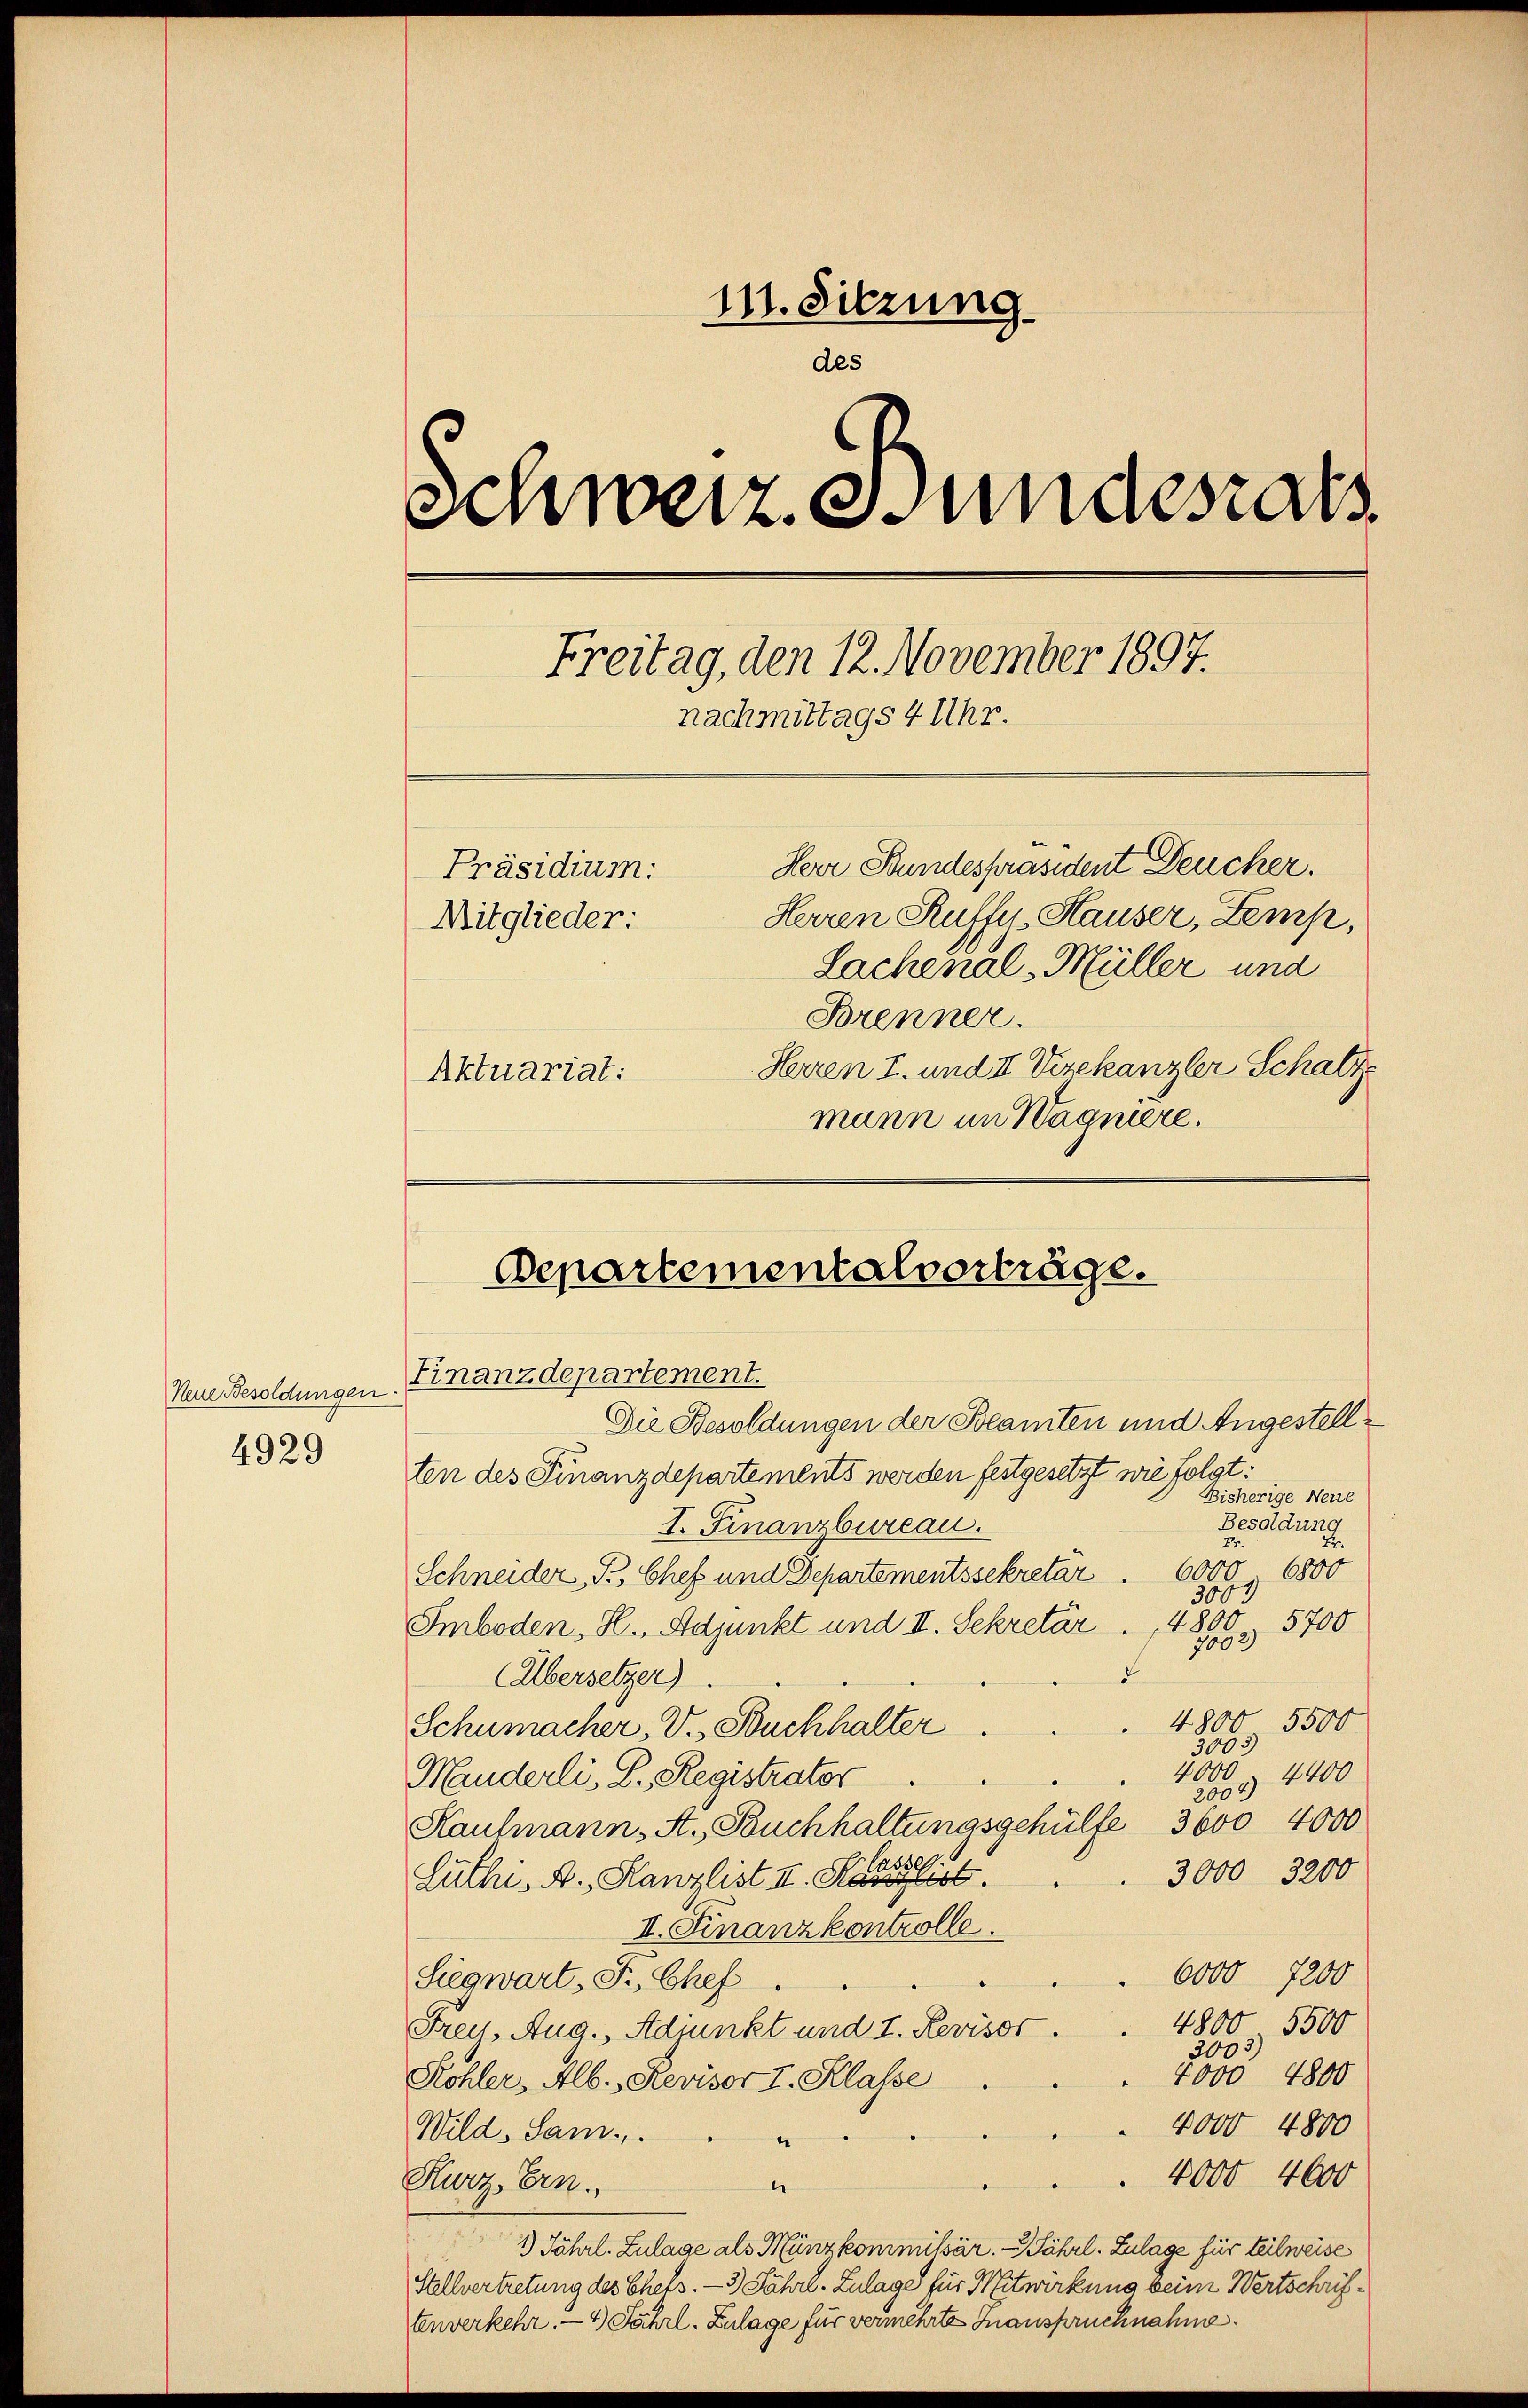
Neue Besoldungen.
4929

11. Sitzung.
des
schweiz esundesrat
Freitag, den 12. November 1897.
nachmittags 4 Uhr.
Herr Bundespräsident Deucher.
Präsidium:
Herren Ruffys, Hauser, Zemp,
Mitglieder:
Lachenal-Müller und
Brenner.
Herren I. und II Vizekanzler Schatz
Aktuariat:
mann im Wagnière.

Departementalverträge.
Finanzdepartement.

Die Besoldungen der Beamten und Angestellten des Finanzdepartements werden festgesetzt wie folgt:
Bisherige Neue
Besoldung
I. Finanzbureau.
2.
Er.
Schneider, Prs Chef und Departementssekretär . 6000 6800
3000
5700
Smboden, H., Adjunkt und II. Sekretär 4800
7002)
(Übersetzer)
4800
5500
Schumacher, V. Buchhalter
3005)
4000
Manderli, D. Registrator
2009. 4400
Haulmann, A. Buchhaltungsgehülfe 3600 4000
3000 3200
Luthi, A. Kanzlist II. Klasse
II. Finanzkontrolle.
 6000 7200
Siegwart, F., Chef.
4800. 5500
Frey. Aug. Adjunkt und I. Revisor.
2003)
4000 4800
Kohler, Alb., Revisor I. Klasse
4000 4800
Wild. Sam
e
4000 4600
Kurz, Ern
“
.
1) Jährl. Zulage als Munzkommißär. - Jährl. Zulage für teilweise
Stellvertretung des Chefs. — 3) Jährl. Zulage für Mitwirkung beim Wertschriftenverkehr.- 4) Jährl. Zulage für vermehrte Inanspruchnahme.